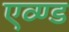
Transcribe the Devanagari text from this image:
एव्ण्ड